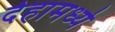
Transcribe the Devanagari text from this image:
देहामध्ये